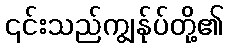
၎င်းသည်ကျွန်ုပ်တို့၏